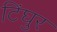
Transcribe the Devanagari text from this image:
टिंघुर